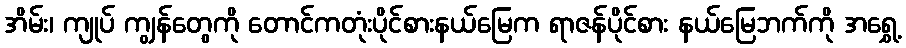
အိမ်း၊ ကျုပ် ကျွန်တွေကို တောင်ကတုံးပိုင်စားနယ်မြေက ရာဇန်ပိုင်စား နယ်မြေဘက်ကို အရွှေ့